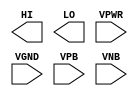
module sky130_fd_sc_ls__conb (
    HI  ,
    LO  ,
    VPWR,
    VGND,
    VPB ,
    VNB
);

    output HI  ;
    output LO  ;
    input  VPWR;
    input  VGND;
    input  VPB ;
    input  VNB ;
endmodule